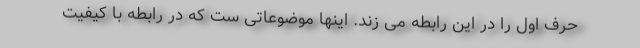
حرف اول را در این رابطه می زند. اینها موضوعاتی ست که در رابطه با کیفیت